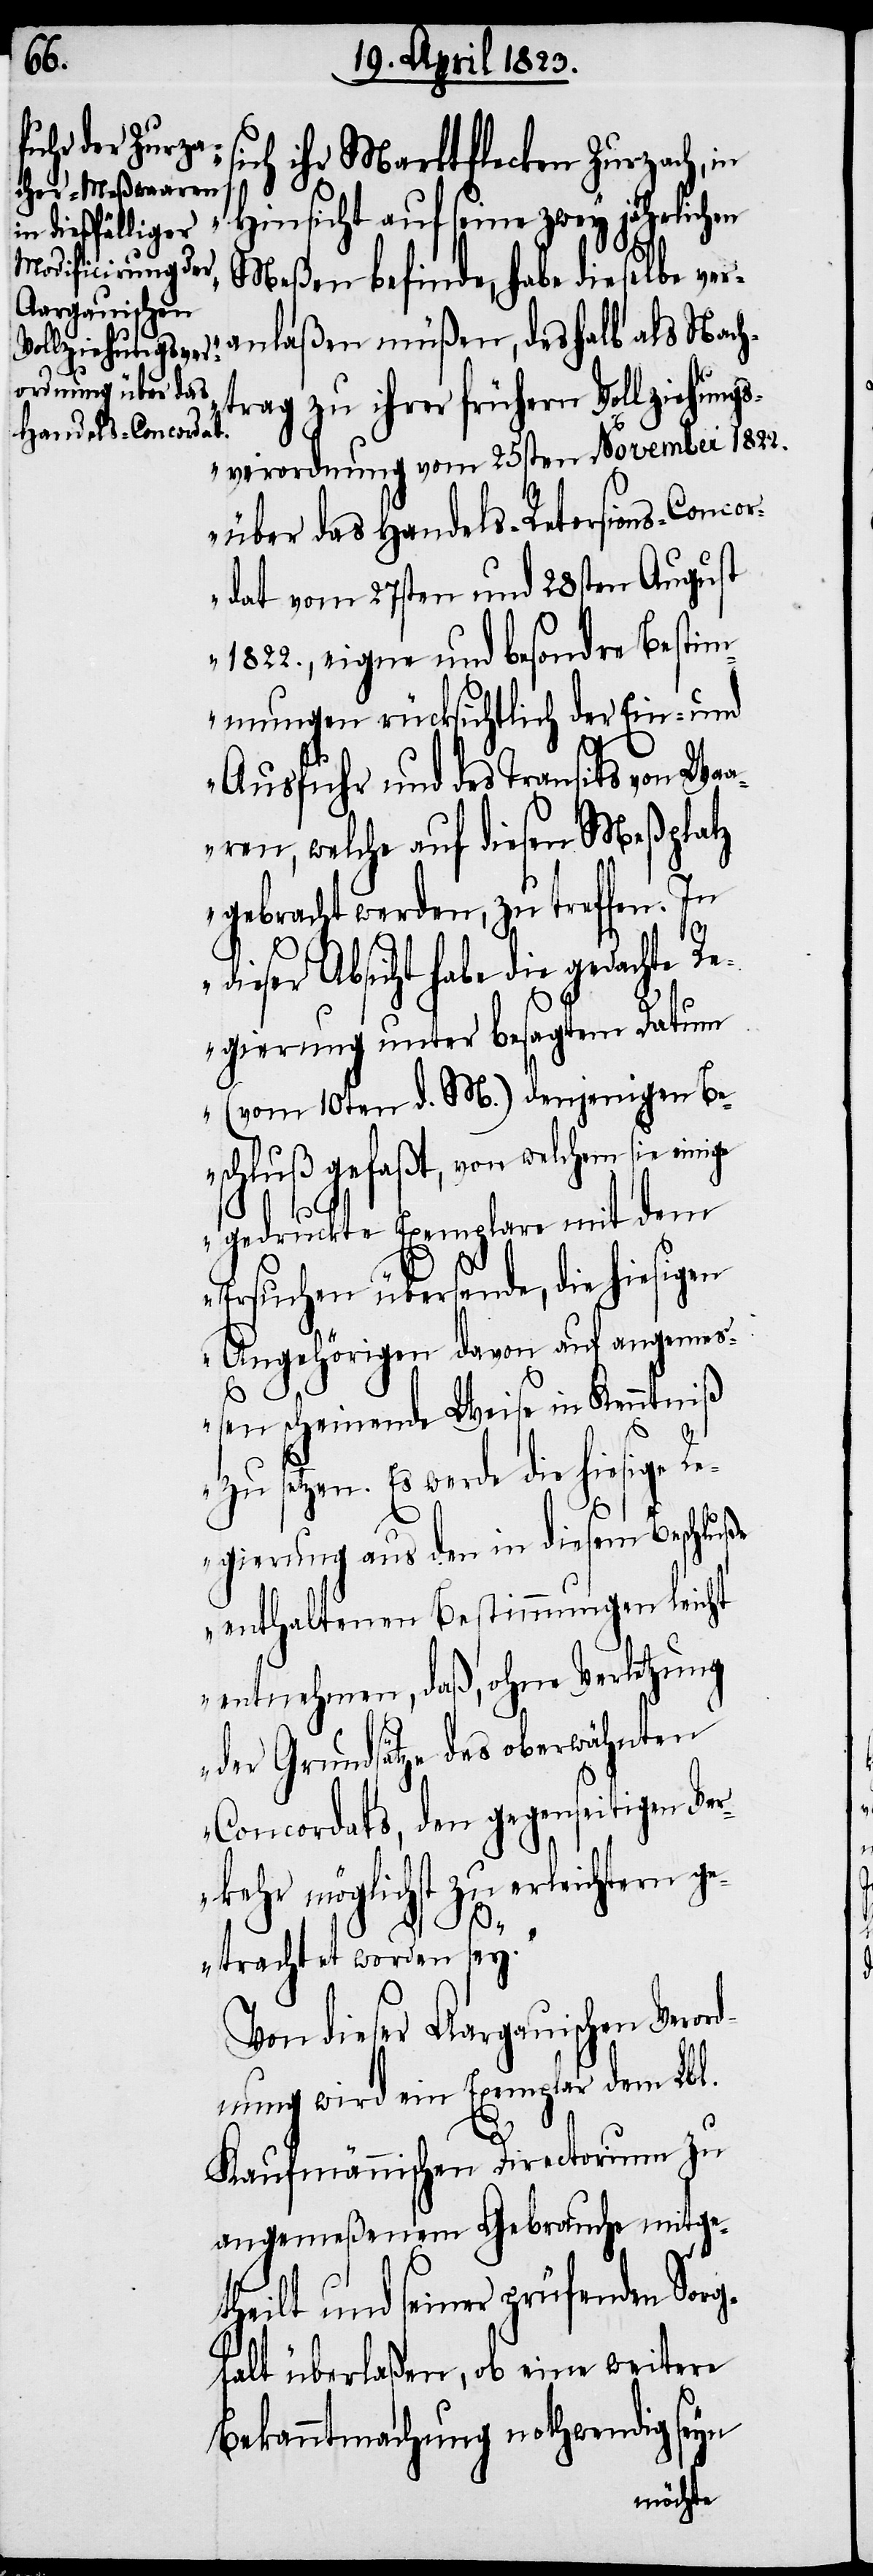
ich ihr Marktflecken Zurzach, in
Hinsicht auf seine zwey jährlichen
Meßen befinde, habe dieselbe ver¬
anlaßen müßen, deshalb als Nach¬
trag zu ihrer frühern Vollziehungs¬
verordnung vom 25sten November 1822.
über das Handels-Retorsions-Conco¬
rdat vom 27sten und 28sten August
1822., eigne und besondre Bestim¬
mungen rücksichtlich der Ein- und
Ausfuhr und des Transits von Wa¬
aren, welche auf diesen Meßplatz
gebracht werden, zu treffen. In
dieser Absicht habe die gedachte Re¬
gierung unter besagtem Datum
(vom 10ten d. M.) denjenigen Be¬
schluß gefaßt, von welchem sie
gedruckte Exemplare mit dem
Ersuchen übersende, die hiesigen
Angehörigen davon auf angemeß¬
en scheinende Weise in Kenntniß
zu setzen. Es werde die hiesige R¬
egierung aus den in diesem Beschluße
enthaltenen Bestimmungen leicht
entnehmen, daß, ohne Verletzung
der Grundsätze des oberwähnten
Concordats, den gegenseitigen Ver¬
kehr möglichst zu erleichtern g¬
s¬
etrachtet worden sey.“
Von dieser Aargauischen Veror¬
dnung wird ein Exemplar dem Lbl.
Kaufmännischen Directorium zu
angemeßenem Gebrauche mitge¬
theilt und seiner prüfenden Sor¬
gfalt überlaßen, ob eine weitere
Bekanntmachung nothwendig seyn